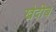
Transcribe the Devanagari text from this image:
खेदीब